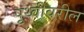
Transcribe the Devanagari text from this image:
पृुथ्वीवरील